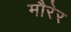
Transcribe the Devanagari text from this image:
मौरेर